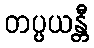
တပ္ပယန္တီ